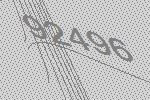
92496